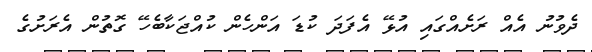
ދެވުނު އެއް ރަށެއްގައި އުޅޭ އެފަދަ ކުޑަ އަންހެން ކުއްޖަކާބެހޭ ގޮތުން އެރަށުގެ